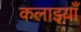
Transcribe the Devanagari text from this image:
कलाइयाँ